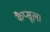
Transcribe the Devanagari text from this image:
कैप्सूल।